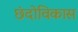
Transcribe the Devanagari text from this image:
छंदोविकास